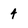
Character: 4